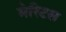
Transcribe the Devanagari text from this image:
मेरिटस